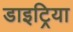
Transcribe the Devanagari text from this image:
डाइट्रिया